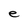
Character: e